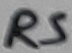
Text: RS